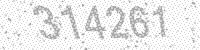
Solution: 314261